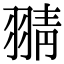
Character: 𦑊